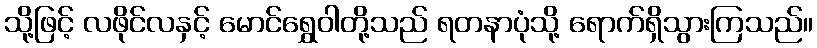
သို့ဖြင့် လဖိုင်လနှင့် မောင်ရွှေဝါတို့သည် ရတနာပုံသို့ ရောက်ရှိသွားကြသည်။